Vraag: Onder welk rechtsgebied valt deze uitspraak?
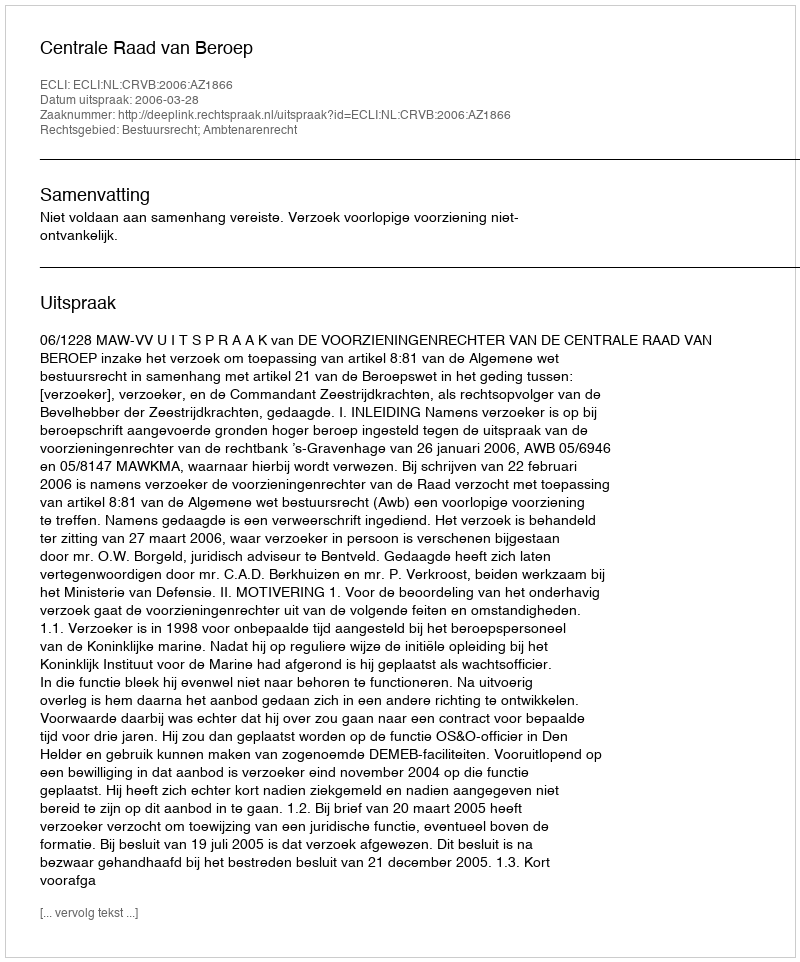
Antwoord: Bestuursrecht; Ambtenarenrecht